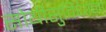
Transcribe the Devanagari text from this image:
सोयीसुविधांना